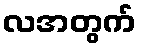
လအတွက်